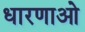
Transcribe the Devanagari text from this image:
धारणाओ